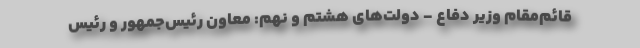
قائم‌مقام وزیر دفاع - دولت‌های هشتم و نهم: معاون رئیس‌جمهور و رئیس